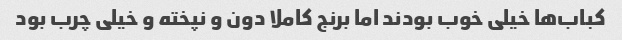
کباب‌ها خیلی خوب‌ بودند اما برنج کاملا دون و نپخته و خیلی چرب بود